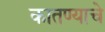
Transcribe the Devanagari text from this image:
कातण्याचे